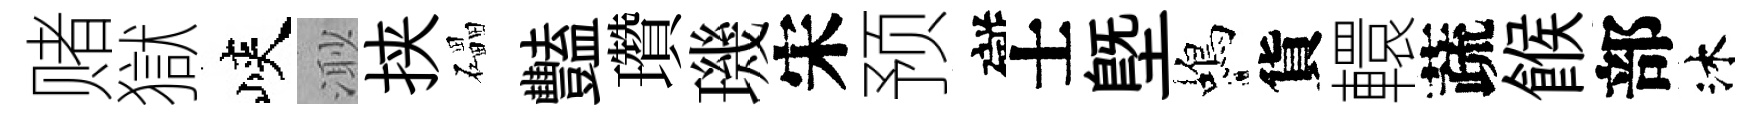
赌獄峽𣺌挟礧豔瓚璣宋预礙士塈蝎貨轘蔬餱部沐